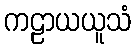
ကဠာယယူသံ